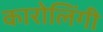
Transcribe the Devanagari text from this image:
कारोलिंगी